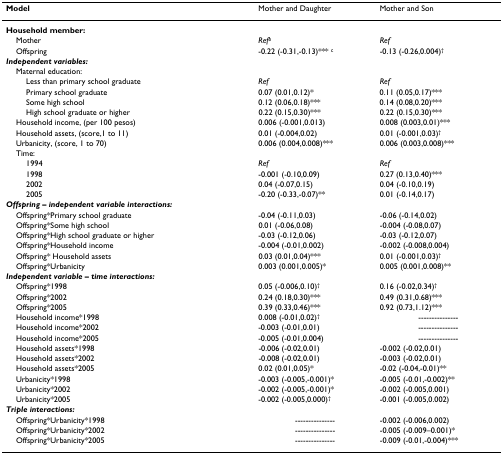
<table><thead><tr><td><b>Model</b></td><td><b>Mother and Daughter</b></td><td><b>Mother and Son</b></td></tr></thead><tbody><tr><td><b>Household member:</b></td><td></td><td></td></tr><tr><td> Mother</td><td><i>Ref<sup>b</sup></i></td><td><i>Ref</i></td></tr><tr><td> Offspring</td><td>-0.22 (-0.31,-0.13)*** <sup>c</sup></td><td>-0.13 (-0.26,0.004)<sup>†</sup></td></tr><tr><td><b><i>Independent variables:</i></b></td><td></td><td></td></tr><tr><td> Maternal education:</td><td></td><td></td></tr><tr><td>Less than primary school graduate</td><td><i>Ref</i></td><td><i>Ref</i></td></tr><tr><td>Primary school graduate</td><td>0.07 (0.01,0.12)*</td><td>0.11 (0.05,0.17)***</td></tr><tr><td>Some high school</td><td>0.12 (0.06,0.18)***</td><td>0.14 (0.08,0.20)***</td></tr><tr><td>High school graduate or higher</td><td>0.22 (0.15,0.30)***</td><td>0.22 (0.15,0.30)***</td></tr><tr><td> Household income, (per 100 pesos)</td><td>0.006 (-0.001,0.013)</td><td>0.008 (0.003,0.01)***</td></tr><tr><td> Household assets, (score,1 to 11)</td><td>0.01 (-0.004,0.02)</td><td>0.01 (-0.001,0.03)<sup>†</sup></td></tr><tr><td> Urbanicity, (score, 1 to 70)</td><td>0.006 (0.004,0.008)***</td><td>0.006 (0.003,0.008)***</td></tr><tr><td> Time:</td><td></td><td></td></tr><tr><td>1994</td><td><i>Ref</i></td><td><i>Ref</i></td></tr><tr><td>1998</td><td>-0.001 (-0.10,0.09)</td><td>0.27 (0.13,0.40)***</td></tr><tr><td>2002</td><td>0.04 (-0.07,0.15)</td><td>0.04 (-0.10,0.19)</td></tr><tr><td>2005</td><td>-0.20 (-0.33,-0.07)**</td><td>0.01 (-0.14,0.17)</td></tr><tr><td><b><i>Offspring – independent variable interactions:</i></b></td><td></td><td></td></tr><tr><td> Offspring*Primary school graduate</td><td>-0.04 (-0.11,0.03)</td><td>-0.06 (-0.14,0.02)</td></tr><tr><td> Offspring*Some high school</td><td>0.01 (-0.06,0.08)</td><td>-0.004 (-0.08,0.07)</td></tr><tr><td> Offspring*High school graduate or higher</td><td>-0.03 (-0.12,0.06)</td><td>-0.03 (-0.12,0.07)</td></tr><tr><td> Offspring*Household income</td><td>-0.004 (-0.01,0.002)</td><td>-0.002 (-0.008,0.004)</td></tr><tr><td> Offspring* Household assets</td><td>0.03 (0.01,0.04)***</td><td>0.01 (-0.001,0.03)<sup>†</sup></td></tr><tr><td> Offspring*Urbanicity</td><td>0.003 (0.001,0.005)*</td><td>0.005 (0.001,0.008)**</td></tr><tr><td><b><i>Independent variable – time interactions:</i></b></td><td></td><td></td></tr><tr><td> Offspring*1998</td><td>0.05 (-0.006,0.10)<sup>†</sup></td><td>0.16 (-0.02,0.34)<sup>†</sup></td></tr><tr><td> Offspring*2002</td><td>0.24 (0.18,0.30)***</td><td>0.49 (0.31,0.68)***</td></tr><tr><td> Offspring*2005</td><td>0.39 (0.33,0.46)***</td><td>0.92 (0.73,1.12)***</td></tr><tr><td> Household income*1998</td><td>0.008 (-0.01,0.02)<sup>†</sup></td><td>---------------</td></tr><tr><td> Household income*2002</td><td>-0.003 (-0.01,0.01)</td><td>---------------</td></tr><tr><td> Household income*2005</td><td>-0.005 (-0.01,0.004)</td><td>---------------</td></tr><tr><td> Household assets*1998</td><td>-0.006 (-0.02,0.01)</td><td>-0.002 (-0.02,0.01)</td></tr><tr><td> Household assets*2002</td><td>-0.008 (-0.02,0.01)</td><td>-0.003 (-0.02,0.01)</td></tr><tr><td> Household assets*2005</td><td>0.02 (0.01,0.05)*</td><td>-0.02 (-0.04,-0.01)**</td></tr><tr><td> Urbanicity*1998</td><td>-0.003 (-0.005,-0.001)*</td><td>-0.005 (-0.01,-0.002)**</td></tr><tr><td> Urbanicity*2002</td><td>-0.002 (-0.005,-0.001)*</td><td>-0.002 (-0.005,0.001)</td></tr><tr><td> Urbanicity*2005</td><td>-0.002 (-0.005,0.000)<sup>†</sup></td><td>-0.001 (-0.005,0.002)</td></tr><tr><td><b><i>Triple interactions:</i></b></td><td></td><td></td></tr><tr><td> Offspring*Urbanicity*1998</td><td>---------------</td><td>-0.002 (-0.006,0.002)</td></tr><tr><td> Offspring*Urbanicity*2002</td><td>---------------</td><td>-0.005 (-0.009–0.001)*</td></tr><tr><td> Offspring*Urbanicity*2005</td><td>---------------</td><td>-0.009 (-0.01,-0.004)***</td></tr></tbody></table>